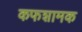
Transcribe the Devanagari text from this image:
कफशामक